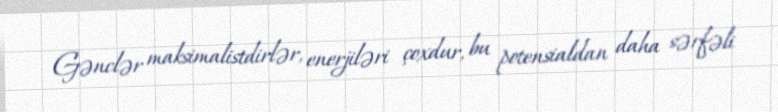
Gənclər maksimalistdirlər, enerjiləri çoxdur, bu potensialdan daha sərfəli